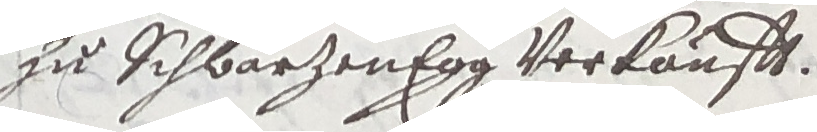
zu schbarzenegg verkaufft.